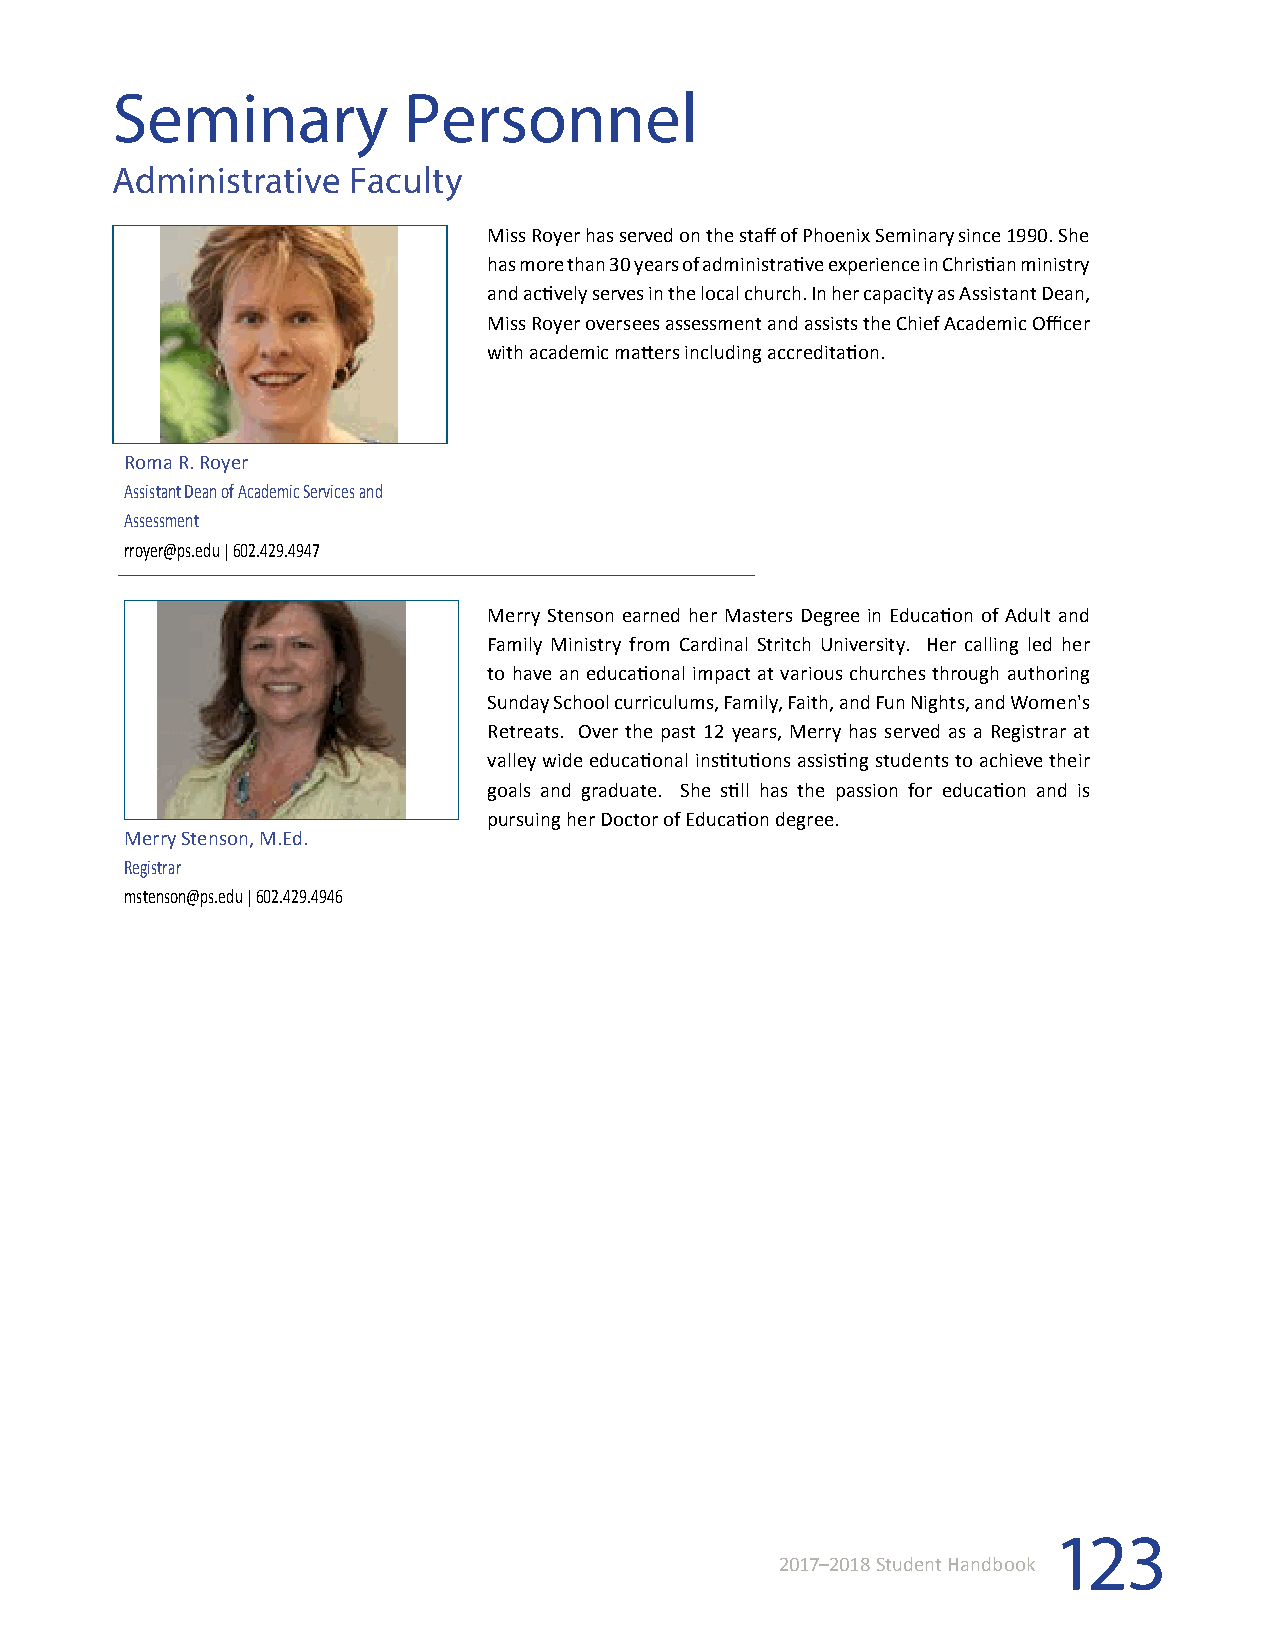
Seminary            Personnel
 Administrative  Faculty
 Miss Royer has served on the staff of Phoenix Seminary since 1990. She
 has more than 30 years of administrative experience in Christian ministry
 and actively serves in the local church. In her capacity as Assistant Dean,
 Miss Royer oversees assessment and assists the Chief Academic Officer
 with academic matters including accreditation.
 Roma R. Royer
 Assistant Dean of Academic Services and
 Assessment
 rroyer@ps.edu | 602.429.4947
 Merry Stenson earned her Masters Degree in Education of Adult and
 Family Ministry from Cardinal Stritch University. Her calling led her
 to have an educational impact at various churches through authoring
 Sunday School curriculums, Family, Faith, and Fun Nights, and Women's
 Retreats. Over the past 12 years, Merry has served as a Registrar at
 valley wide educational institutions assisting students to achieve their
 goals and graduate. She still has the passion for education and is
 pursuing her Doctor of Education degree.
 Merry Stenson, M.Ed.
 Registrar
 mstenson@ps.edu | 602.429.4946
 123
 2017–2018 Student Handbook